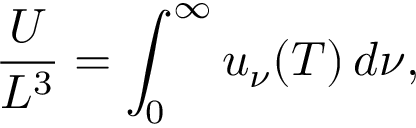
{ \frac { U } { L ^ { 3 } } } = \int _ { 0 } ^ { \infty } u _ { \nu } ( T ) \, d \nu ,